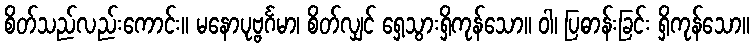
စိတ်သည်လည်းကောင်း။ မနောပုဗ္ဗင်္ဂမာ၊ စိတ်လျှင် ရှေ့သွားရှိကုန်သော။ ဝါ၊ ပြဓာန်းခြင်း ရှိကုန်သော။